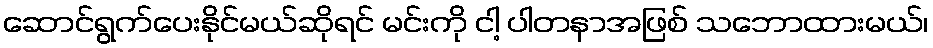
ဆောင်ရွက်ပေးနိုင်မယ်ဆိုရင် မင်းကို ငါ့ ပါတနာအဖြစ် သဘောထားမယ်၊